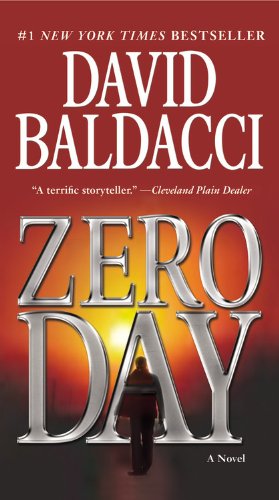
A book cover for Zero Day (John Puller Series); David Baldacci; Mystery, Thriller & Suspense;